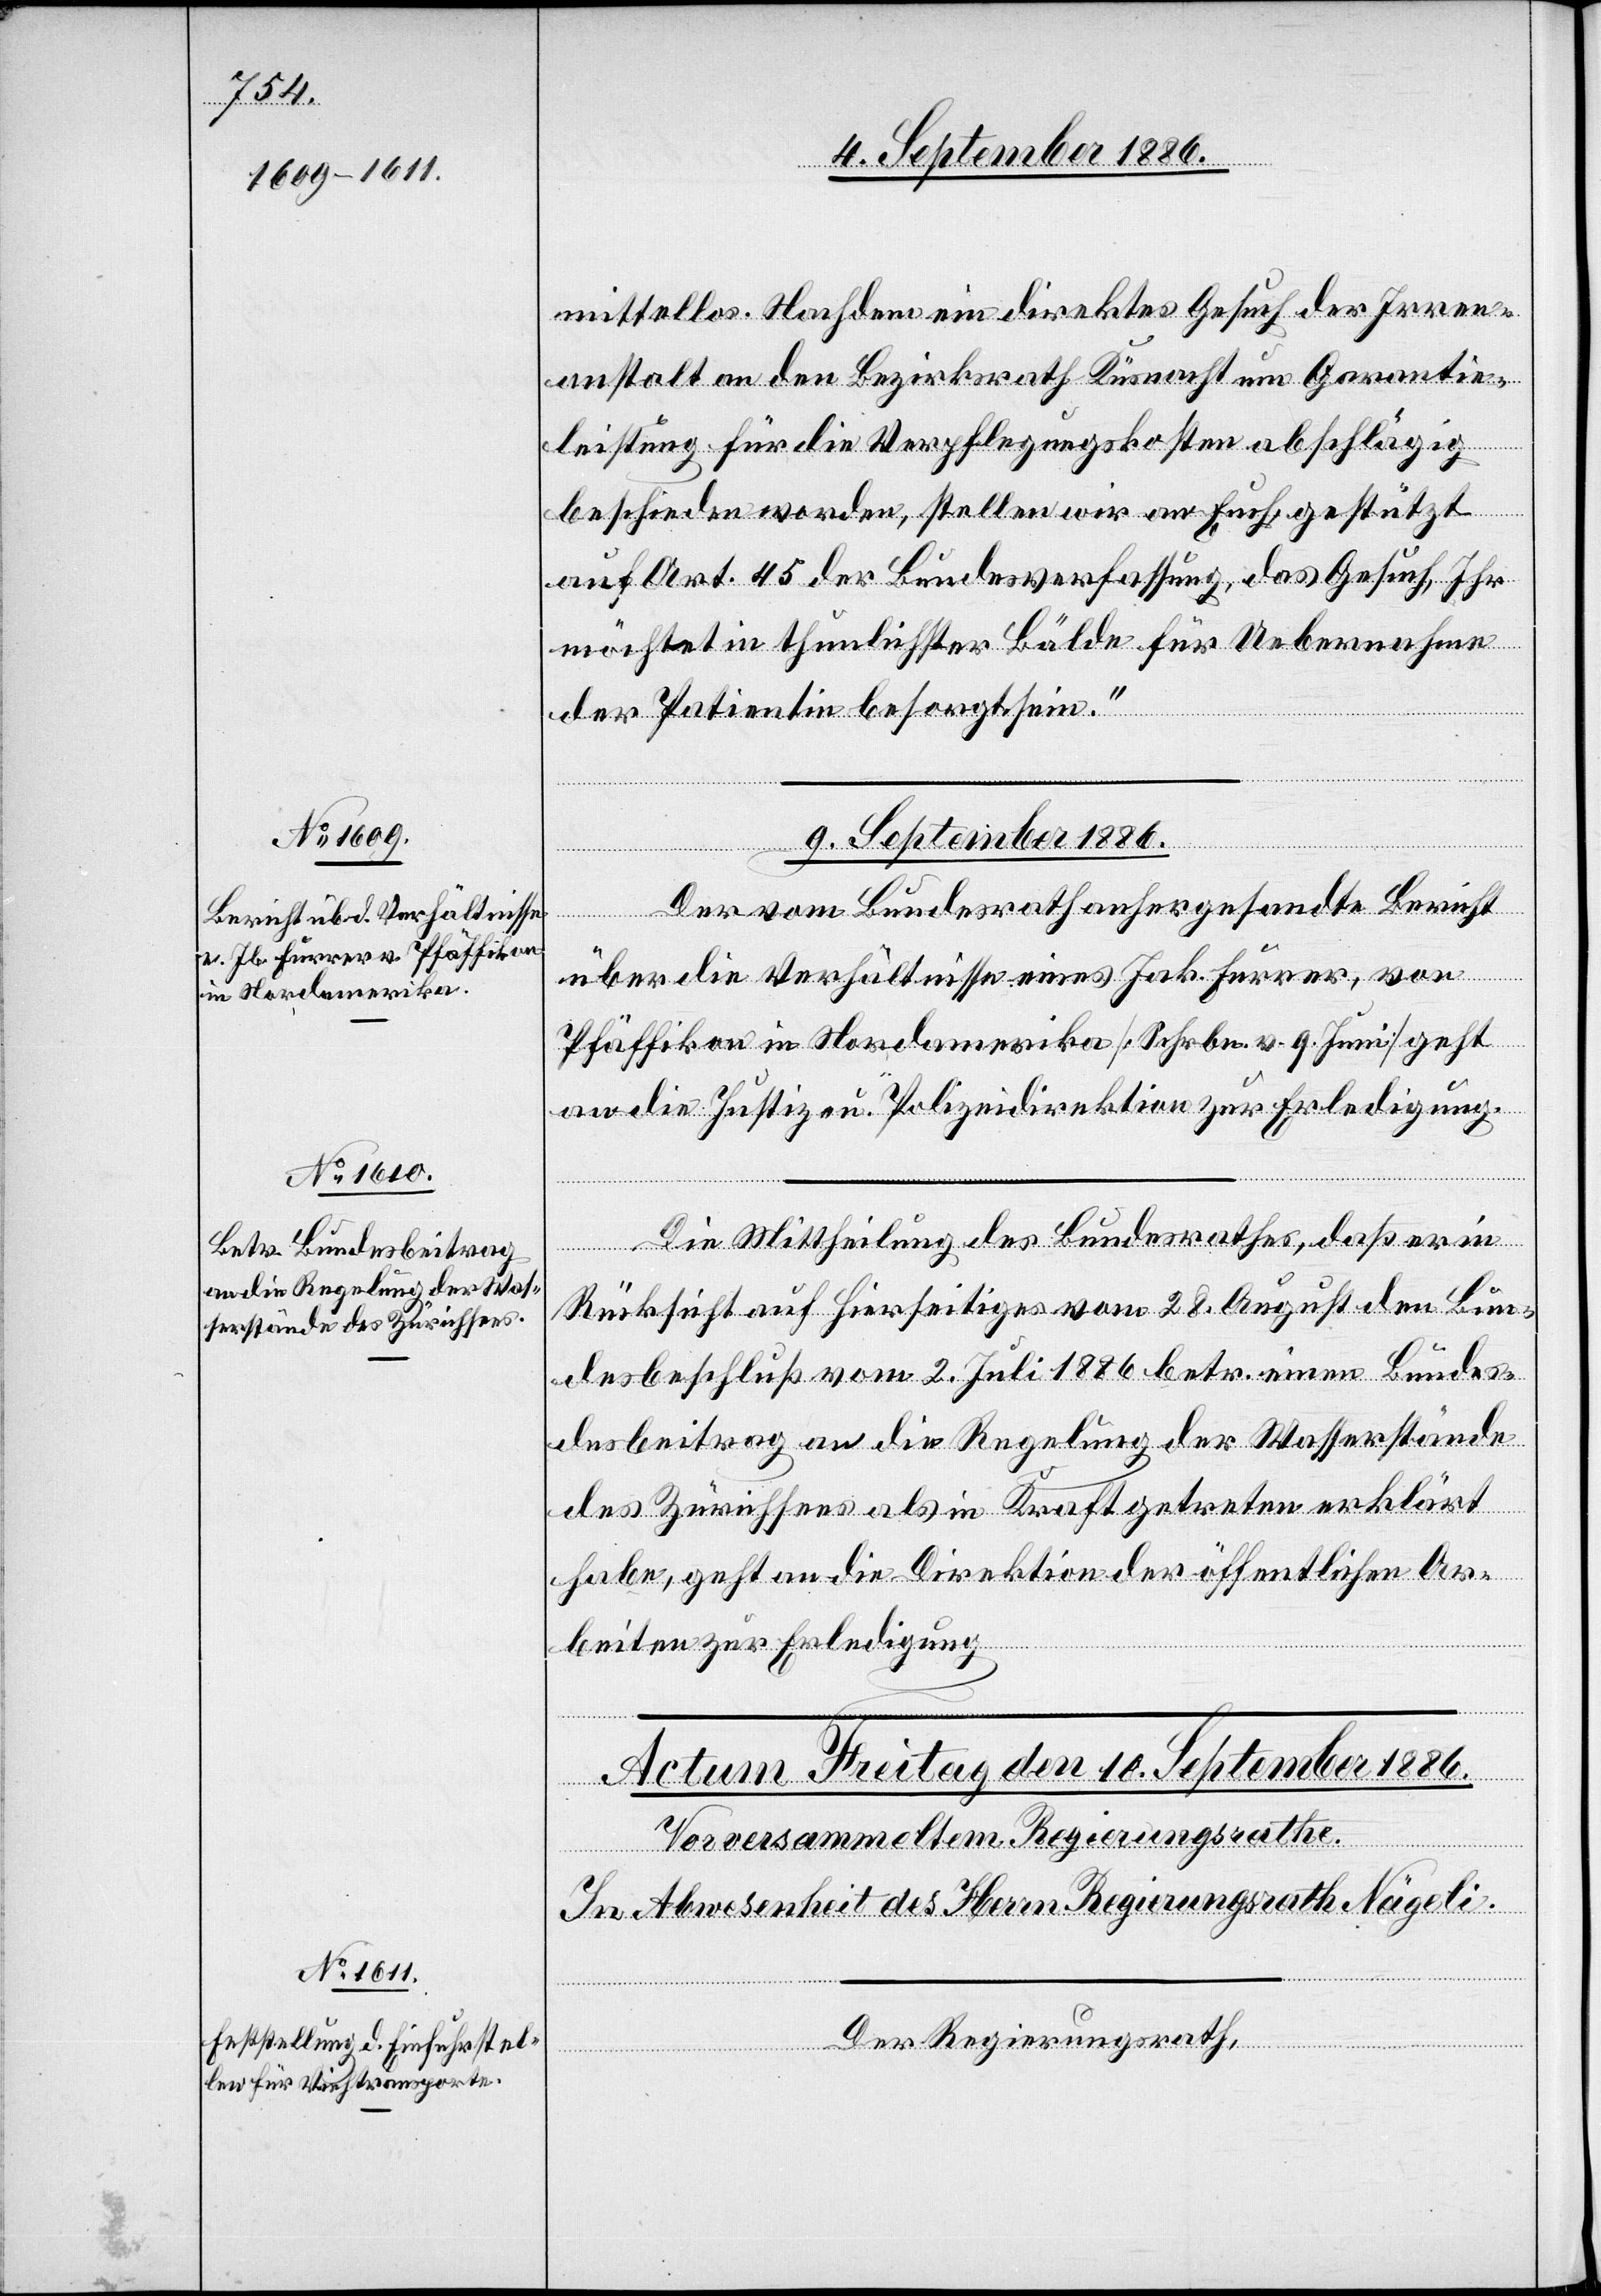
9. September 1886.]
mittellos. Nachdem ein direktes Gesuch der Irren¬
anstalt an den Bezirksrath Küsnacht um Garantie¬
leistung für die Verpflegungskosten abschlägig
beschieden worden, stellen wir an Euch, gestützt
auf Art. 45 der Bundesverfassung, das Gesuch, Ihr
möchtet in thunlichster Bälde für Uebernahme
der Patientin besorgt sein.“
Der vom Bundesrath anhergesandte Bericht
[Präsidialverfügungen
über die Verhältnisse eines Jak. Furrer, von
Pfäffikon in Nordamerika [Schrbn. v. 9. Juni] geht
an die Justiz- u. Polizeidirektion zur Erledigung.
Die Mittheilung des Bundesrathes, daß er in
Rücksicht auf Hierseitiges vom 28. August den Bun¬
desbeschluß vom 2. Juli 1886 betr. einen Bunde¬
sbeitrag an die Regelung der Wasserstände
des Zürichsees als in Kraft getreten erklärt
habe, geht an die Direktion der öffentlichen Ar¬
beiten zur Erledigung.
Der Regierungsrath,